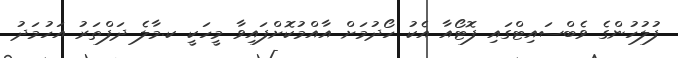
ފުލުހުންގެ ވެބްސައިޓްގައި ފޮޓޯއާ އެކު ހޯދުމަށް އާއްމުކޮށްފައިވާ މީހަކީ ކ.މާލެ ދަފްތަރު އަހުމަދު